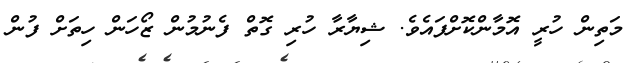
މަތިން ހުރީ އޮމާންކޮށްފައެވެ. ޝިޔާރާ ހުރި ގޮތް ފެނުމުން ޒޯހަން ހިތަށް ފުން